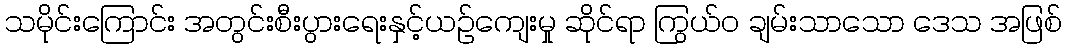
သမိုင်းကြောင်း အတွင်းစီးပွားရေးနှင့်ယဉ်ကျေးမှု ဆိုင်ရာ ကြွယ်ဝ ချမ်းသာသော ဒေသ အဖြစ်